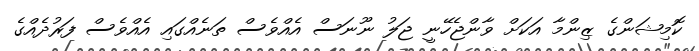
ކޮމިޝަންގެ ޒިންމާ އަކަށް ވާންޖެހޭނީ ޖަލު ނޫނަސް އެއްވެސް ތަނެއްގައި އެއްވެސް ފަރުދެއްގެ